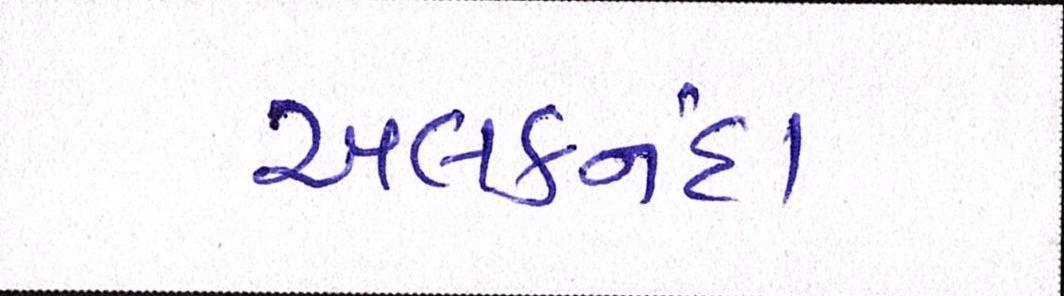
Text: અલકનંદા